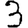
Digit: 3